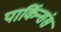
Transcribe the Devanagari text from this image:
पार्किन्संस